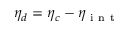
\eta _ { d } = \eta _ { c } - \eta _ { \mathrm { ~ i ~ n ~ t ~ } }